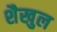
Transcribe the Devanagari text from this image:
शैखुल